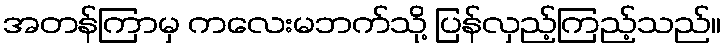
အတန်ကြာမှ ကလေးမဘက်သို့ ပြန်လှည့်ကြည့်သည်။